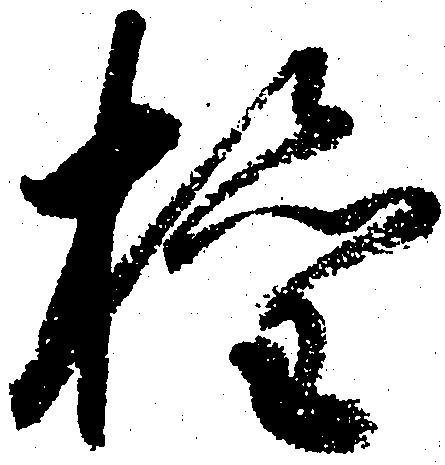
権